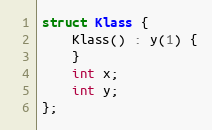
Language: C++
struct Klass {
    Klass() : y(1) {
    }
    int x;
    int y;
};